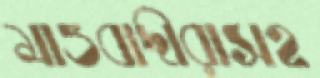
মাওবাদীরাসহ